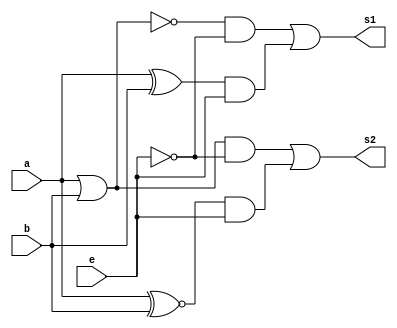
// ------------------------- 
// Exemplo0034 - AND_OR_NAND_NOR 
// Nome: Pedro Ballona 
// ------------------------- 
 
// ------------------------- 
//  AND_OR_gate 
// ------------------------- 
module OR_NOR_XOR_XNOR (output [3:0] s1, output [3:0] s2, 
                    input  [3:0] a, 
                    input  [3:0] b,
						  input  [3:0] e); 
wire [3:0] or1;
wire [3:0] nor1;
wire [3:0] xor1;
wire [3:0] xnor1;

wire [3:0] and2;
wire [3:0] and3;

wire [3:0] and4;
wire [3:0] and5;

wire [3:0] or2;
wire [3:0] or3;

assign or1 = a|b;
assign nor1 = a~|b;
assign xor1 = a^b;
assign xnor1 = a~^b;

assign and2 = nor1&~e;
assign and3 = or1&~e;

assign and4 = xor1& (e);
assign and5 = xnor1&  (e);

assign s1 = and2|and4;
assign s2 = and3|and5;



 
endmodule // AND_OR_NAND_NOR 
 
module test_f4; 
// ------------------------- definir dados 
       reg  [3:0] x; 
       reg  [3:0] y;
		 reg  [3:0] a;
		 wire [3:0] z;
		 wire [3:0] j; 
        
 
       OR_NOR_XOR_XNOR modulo (z, j, x, y, a); 
 
// ------------------------- parte principal 
 
   initial begin 
      $display("Exemplo0032 - Pedro Ballona - 427455"); 
      $display("Test LU's module"); 
 
      x = 4'b1110;       y = 4'b0011;  a = 4'b0000;
 
    
   #1 $display("X = %3b Y = %3b E = %3b S1 = %3b S2 = %3b",x,y,a,z,j); 
		
		 x = 4'b1100;       y = 4'b1100;  a = 4'b1111;
 
    
   #1 $display("X = %3b Y = %3b E = %3b S1 = %3b S2 = %3b",x,y,a,z,j);
	
	
	 x = 4'b1111;       y = 4'b0010;  a = 4'b0000;
 
    
   #1 $display("X = %3b Y = %3b E = %3b S1 = %3b S2 = %3b",x,y,a,z,j);
	
	 x = 4'b1000;       y = 4'b0110;  a = 4'b1111;
 
    
   #1 $display("X = %3b Y = %3b E = %3b S1 = %3b S2 = %3b",x,y,a,z,j);
 
   end 
 
endmodule // test_f4